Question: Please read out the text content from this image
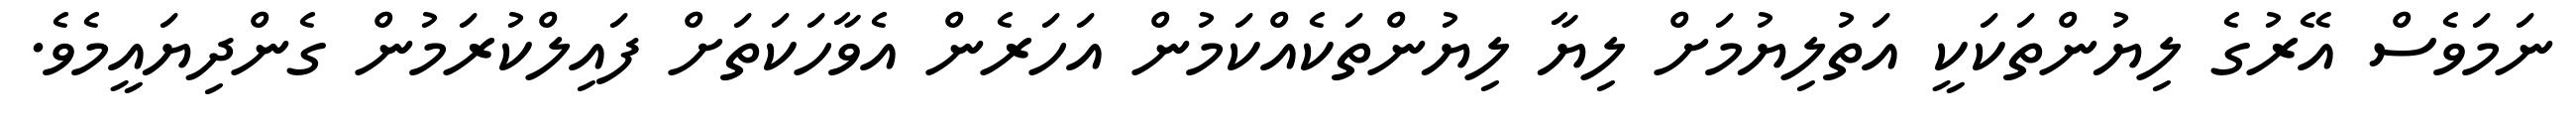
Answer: ނަމަވެސް އޭރުގެ ލިޔުންތަކަކީ އަތުލިޔުމަށް ލިޔާ ލިޔުންތަކެއްކަމުން އަހަރެން އެވާހަކަތަށް ފައިލްކުރަމުން ގެންދިޔައީމެވެ.